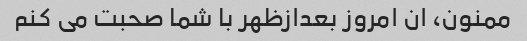
ممنون، ان امروز بعدازظهر با شما صحبت می کنم